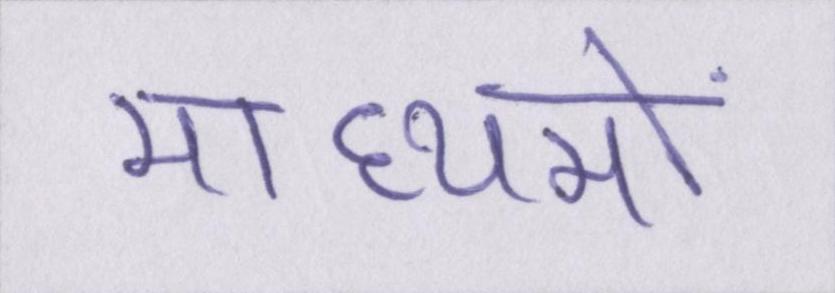
माध्यमों